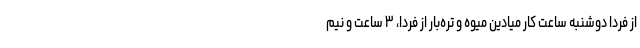
از فردا دوشنبه ساعت کار میادین میوه و تره‌بار از فردا، ۳ ساعت و نیم